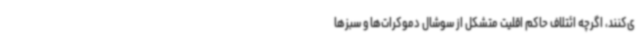
ی‌کنند، اگرچه ائتلاف حاکم اقلیت متشکل از سوشال دموکرات‌ها و سبزها